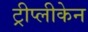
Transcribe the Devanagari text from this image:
ट्रीप्लीकेन